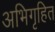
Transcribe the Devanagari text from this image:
अभिगृहित